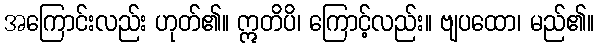
အကြောင်းလည်း ဟုတ်၏။ ဣတိပိ၊ ကြောင့်လည်း။ ဗျပထော၊ မည်၏။